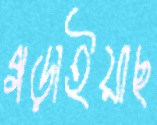
গড়াইয়াছ